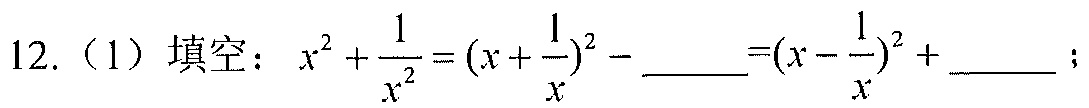
12. (1) 填空：\(x^{2}+\frac{1}{x^{2}}=(x + \frac{1}{x})^{2}-\underline{\quad}=(x - \frac{1}{x})^{2}+\underline{\quad}\)；